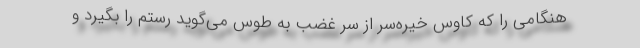
هنگامی را که کاوس خیره‌سر از سر غضب به طوس می‌گوید رستم را بگیرد و